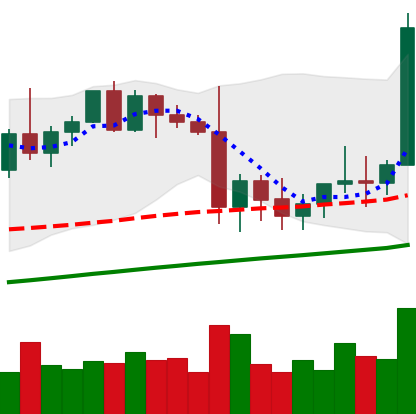
Ticker: XMR-USD
Chart end date: 2021-01-10
Forward return: -14.992%
Label: down_7plus